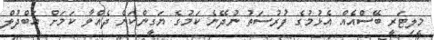
މިލިޓަރީ ބޭސްއެއް އެޅުމުގެ ފުރުސަތު ނުދޭނެ ކަމުގެ ޔަގީންކަން ދެއްވާ ކަމަށް އަބްދުލް